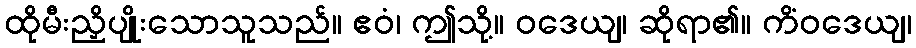
ထိုမီးညှိပျိုးသောသူသည်။ ဧဝံ၊ ဤသို့။ ဝဒေယျ၊ ဆိုရာ၏။ ကိံဝဒေယျ၊